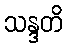
သန္ဒတိ